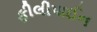
ફીલીપાઈન